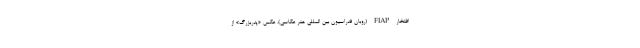
افتخار FIAP (روبان فدراسیون بین المللی هنر عکاسی)، عکس «پدربزرگ» از